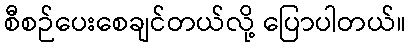
စီစဉ်ပေးစေချင်တယ်လို့ ပြောပါတယ်။